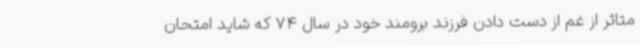
متاثر از غم از دست دادن فرزند برومند خود در سال 74 که شاید امتحان